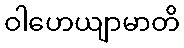
ဝါဟေယျာမာတိ